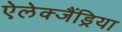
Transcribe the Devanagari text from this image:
ऐलेक्जैंड्रिया